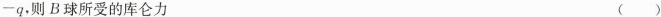
-q，则B球所受的库仑力 ( )